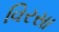
વિરસા